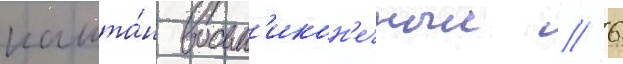
кашта́н восьм'икон'ечныи / 6